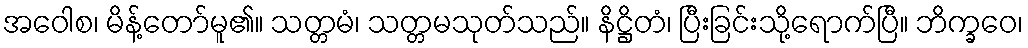
အဝေါစ၊ မိန့်တော်မူ၏။ သတ္တမံ၊ သတ္တမသုတ်သည်။ နိဋ္ဌိတံ၊ ပြီးခြင်းသို့ရောက်ပြီ။ ဘိက္ခဝေ၊